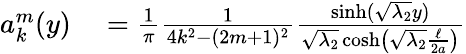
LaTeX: \begin{array}{rl}{a_{k}^{m}(y)}&{{}=\frac{1}{\pi}\frac{1}{4k^{2}-(2m+1)^{2}}\frac{\sinh(\sqrt{\lambda_{2}}y)}{\sqrt{\lambda_{2}}\cosh\left(\sqrt{\lambda_{2}}\frac{\ell}{2a}\right)}}\end{array}